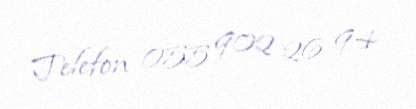
Telefon 055 902 26 94